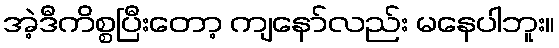
အဲ့ဒီကိစ္စပြီးတော့ ကျနော်လည်း မနေပါဘူး။